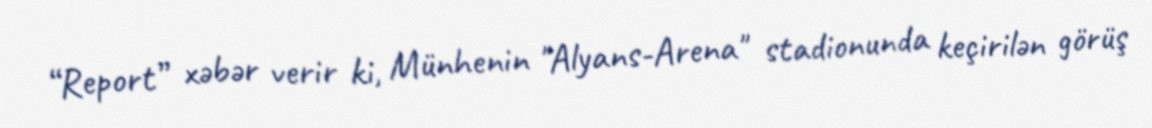
“Report” xəbər verir ki, Münhenin "Alyans-Arena" stadionunda keçirilən görüş